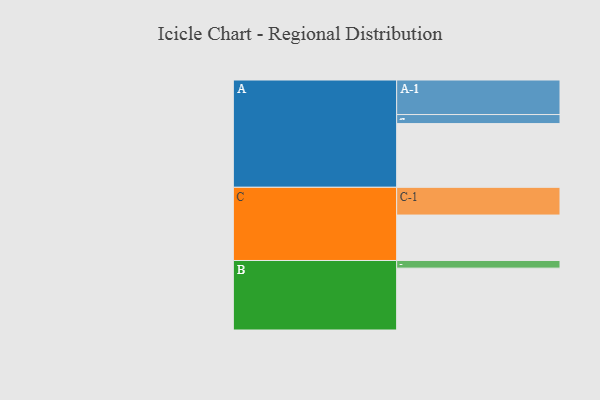
{"axis": {"x": "Segment", "y": "Value"}, "legend": ["", "A", "B", "C"], "data": [{"x": "A", "y": 450, "type": ""}, {"x": "B", "y": 437, "type": ""}, {"x": "C", "y": 321, "type": ""}, {"x": "A-1", "y": 244, "type": "A"}, {"x": "A-2", "y": 64, "type": "A"}, {"x": "B-1", "y": 54, "type": "B"}, {"x": "C-1", "y": 196, "type": "C"}]}